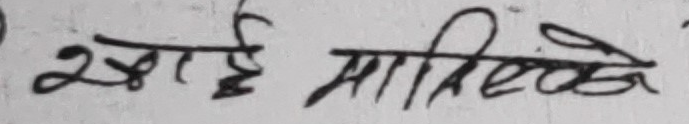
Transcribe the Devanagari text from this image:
झाई मालिखे